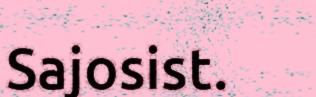
Sajosist.